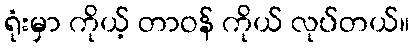
ရုံးမှာ ကိုယ့် တာဝန် ကိုယ် လုပ်တယ်။